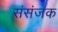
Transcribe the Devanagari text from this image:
संसंजक